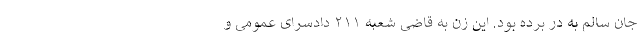
جان سالم به در برده بود. این زن به قاضی شعبه ۲۱۱ دادسرای عمومی و